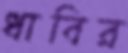
ধাবির